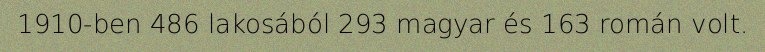
1910-ben 486 lakosából 293 magyar és 163 román volt.